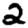
Digit: 2